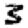
Digit: 3